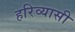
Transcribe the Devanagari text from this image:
हरिव्यासी